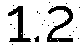
1.2